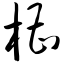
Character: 槽